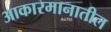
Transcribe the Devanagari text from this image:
आकारमानातील